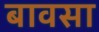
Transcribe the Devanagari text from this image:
बावसा